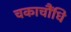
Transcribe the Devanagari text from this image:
चकाचौंधि